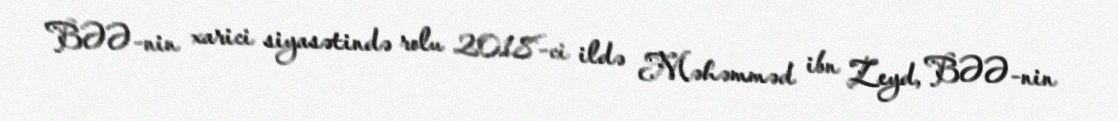
BƏƏ-nin xarici siyasətində rolu 2018-ci ildə Məhəmməd ibn Zeyd, BƏƏ-nin